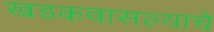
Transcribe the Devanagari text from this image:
खडकवासल्याचे